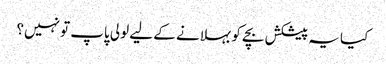
کیا یہ پیشکش بچے کو بہلانے کے لیے لولی پاپ تو نہیں؟